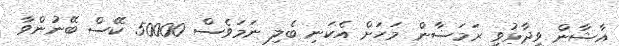
އާޝާން ވިދާޅުވީ ރަމަޟާން މަހަށް އެކަނި ބެލި ނަމަވެސް 50000 ކޭސް ބޭނުންވާ